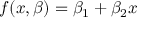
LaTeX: f ( x , { \boldsymbol { \beta } } ) = \beta _ { 1 } + \beta _ { 2 } x